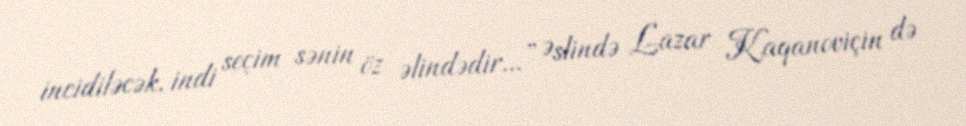
incidiləcək, indi seçim sənin öz əlindədir...” Əslində Lazar Kaqanoviçin də